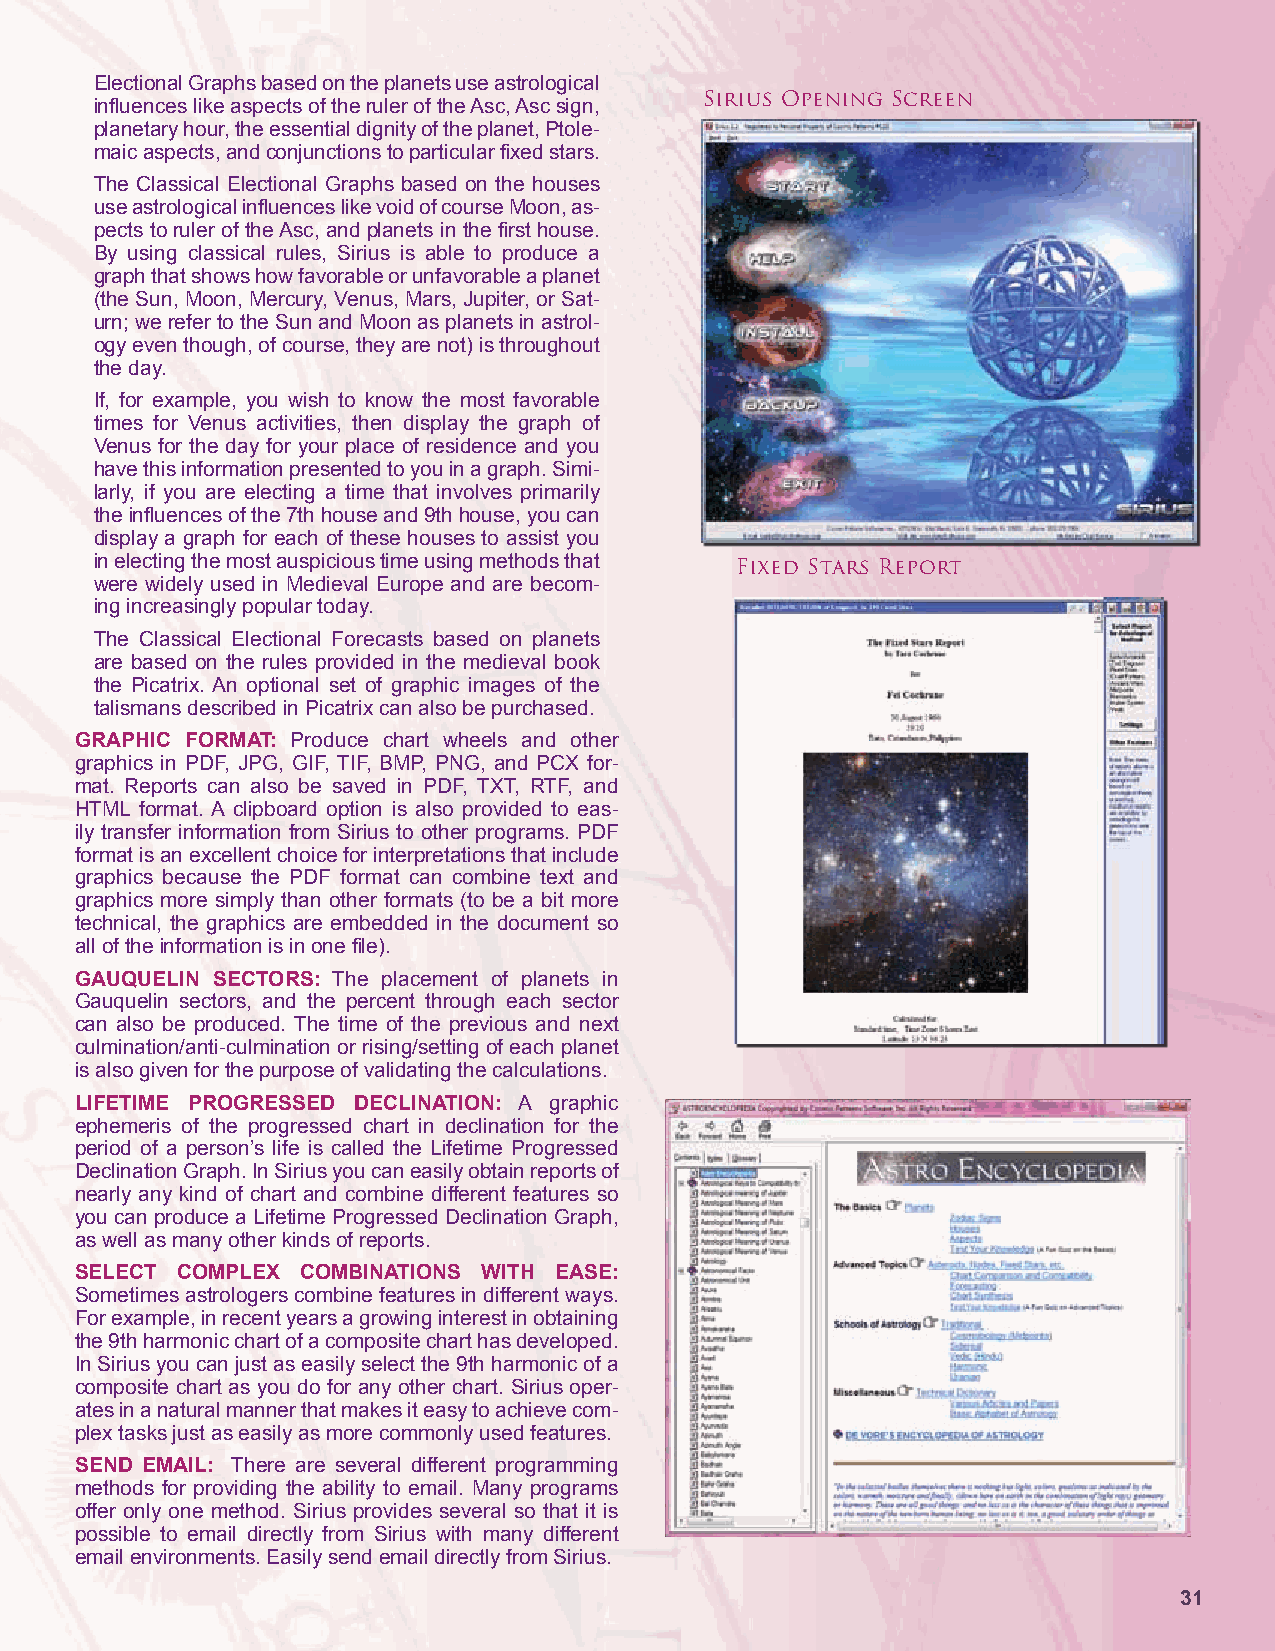
Electional Graphs based on the planets use astrological
 Sirius Opening Screen
 influences like aspects of the ruler of the Asc, Asc sign,
 planetary hour, the essential dignity of the planet, Ptole-
 maic aspects, and conjunctions to particular fixed stars.
 The Classical Electional Graphs based on the houses
 use astrological influences like void of course Moon, as-
 pects to ruler of the Asc, and planets in the first house.
 By using classical rules, Sirius is able to produce a
 graph that shows how favorable or unfavorable a planet
 (the Sun, Moon, Mercury, Venus, Mars, Jupiter, or Sat-
 urn; we refer to the Sun and Moon as planets in astrol-
 ogy even though, of course, they are not) is throughout
 the day.
 If, for example, you wish to know the most favorable
 times for Venus activities, then display the graph of
 Venus for the day for your place of residence and you
 have this information presented to you in a graph. Simi-
 larly, if you are electing a time that involves primarily
 the influences of the 7th house and 9th house, you can
 display a graph for each of these houses to assist you
 in electing the most auspicious time using methods that Fixed Stars Report
 were widely used in Medieval Europe and are becom-
 ing increasingly popular today.
 The Classical Electional Forecasts based on planets
 are based on the rules provided in the medieval book
 the Picatrix. An optional set of graphic images of the
 talismans described in Picatrix can also be purchased.
 GRAPHIC FORMAT: Produce chart wheels and other
 graphics in PDF, JPG, GIF, TIF, BMP, PNG, and PCX for-
 mat. Reports can also be saved in PDF, TXT, RTF, and
 HTML format. A clipboard option is also provided to eas-
 ily transfer information from Sirius to other programs. PDF
 format is an excellent choice for interpretations that include
 graphics because the PDF format can combine text and
 graphics more simply than other formats (to be a bit more
 technical, the graphics are embedded in the document so
 all of the information is in one file).
 GAUQUELIN SECTORS: The placement of planets in
 Gauquelin sectors, and the percent through each sector
 can also be produced. The time of the previous and next
 culmination/anti-culmination or rising/setting of each planet
 is also given for the purpose of validating the calculations.
 LIFETIME PROGRESSED DECLINATION: A graphic
 ephemeris of the progressed chart in declination for the
 period of a person’s life is called the Lifetime Progressed
 Declination Graph. In Sirius you can easily obtain reports of
 nearly any kind of chart and combine different features so
 you can produce a Lifetime Progressed Declination Graph,
 as well as many other kinds of reports.
 SELECT COMPLEX COMBINATIONS WITH EASE:
 Sometimes astrologers combine features in different ways.
 For example, in recent years a growing interest in obtaining
 the 9th harmonic chart of a composite chart has developed.
 In Sirius you can just as easily select the 9th harmonic of a
 composite chart as you do for any other chart. Sirius oper-
 ates in a natural manner that makes it easy to achieve com-
 plex tasks just as easily as more commonly used features.
 SEND EMAIL: There are several different programming
 methods for providing the ability to email. Many programs
 offer only one method. Sirius provides several so that it is
 possible to email directly from Sirius with many different
 email environments. Easily send email directly from Sirius.
 31